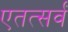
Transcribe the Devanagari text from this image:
एतत्सर्वं